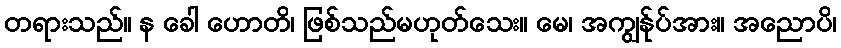
တရားသည်။ န ခေါ ဟောတိ၊ ဖြစ်သည်မဟုတ်သေး။ မေ၊ အကျွန်ုပ်အား။ အညောပိ၊